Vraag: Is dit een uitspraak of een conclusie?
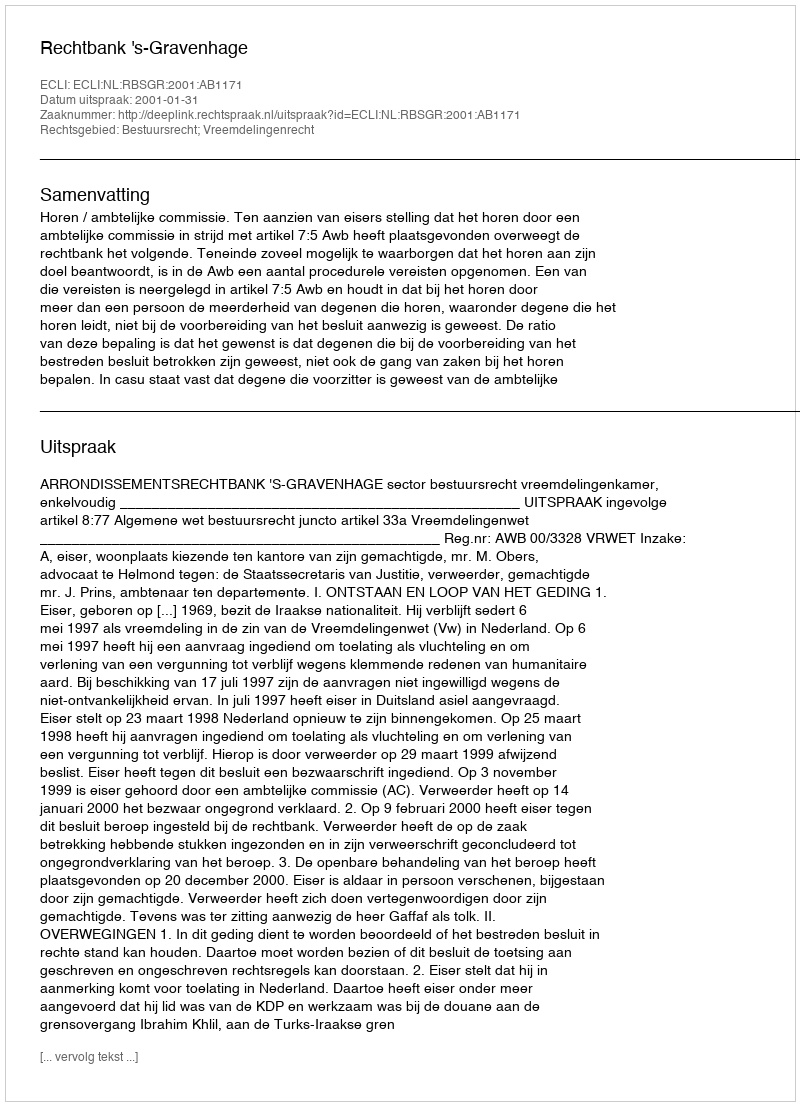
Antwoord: Uitspraak